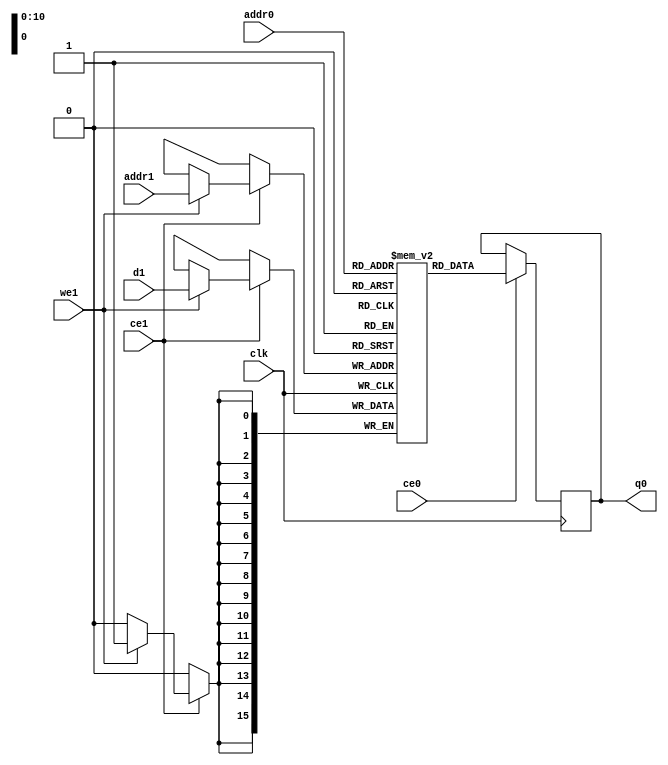
// ==============================================================
// File generated by Vivado(TM) HLS - High-Level Synthesis from C, C++ and SystemC
// Version: 2017.4
// Copyright (C) 1986-2017 Xilinx, Inc. All Rights Reserved.
// 
// ==============================================================

`timescale 1 ns / 1 ps
module line_buffer_3_bufcud_ram (addr0, ce0, q0, addr1, ce1, d1, we1,  clk);

parameter DWIDTH = 16;
parameter AWIDTH = 11;
parameter MEM_SIZE = 1040;

input[AWIDTH-1:0] addr0;
input ce0;
output reg[DWIDTH-1:0] q0;
input[AWIDTH-1:0] addr1;
input ce1;
input[DWIDTH-1:0] d1;
input we1;
input clk;

(* ram_style = "block" *)reg [DWIDTH-1:0] ram[0:MEM_SIZE-1];




always @(posedge clk)  
begin 
    if (ce0) 
    begin
            q0 <= ram[addr0];
    end
end


always @(posedge clk)  
begin 
    if (ce1) 
    begin
        if (we1) 
        begin 
            ram[addr1] <= d1; 
        end 
    end
end


endmodule


`timescale 1 ns / 1 ps
module line_buffer_3_bufcud(
    reset,
    clk,
    address0,
    ce0,
    q0,
    address1,
    ce1,
    we1,
    d1);

parameter DataWidth = 32'd16;
parameter AddressRange = 32'd1040;
parameter AddressWidth = 32'd11;
input reset;
input clk;
input[AddressWidth - 1:0] address0;
input ce0;
output[DataWidth - 1:0] q0;
input[AddressWidth - 1:0] address1;
input ce1;
input we1;
input[DataWidth - 1:0] d1;



line_buffer_3_bufcud_ram line_buffer_3_bufcud_ram_U(
    .clk( clk ),
    .addr0( address0 ),
    .ce0( ce0 ),
    .q0( q0 ),
    .addr1( address1 ),
    .ce1( ce1 ),
    .d1( d1 ),
    .we1( we1 ));

endmodule